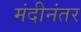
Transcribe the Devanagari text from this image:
मंदीनंतर